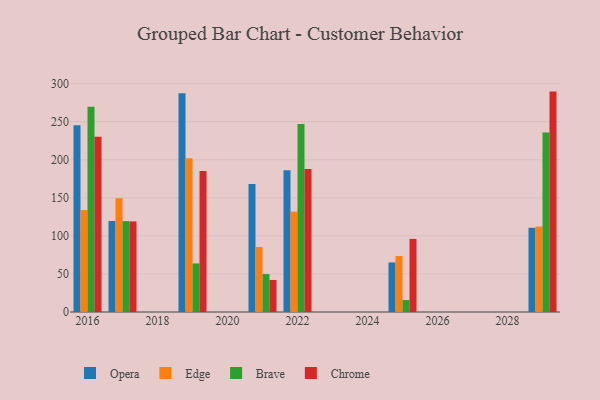
{"axis": {"x": "Year", "y": "Gross Profit (USD K)"}, "legend": ["Brave", "Chrome", "Edge", "Opera"], "data": [{"x": "2029", "y": 110.6, "type": "Opera"}, {"x": "2029", "y": 112.2, "type": "Edge"}, {"x": "2029", "y": 235.8, "type": "Brave"}, {"x": "2029", "y": 289.5, "type": "Chrome"}, {"x": "2025", "y": 65.1, "type": "Opera"}, {"x": "2025", "y": 73.5, "type": "Edge"}, {"x": "2025", "y": 15.7, "type": "Brave"}, {"x": "2025", "y": 96.0, "type": "Chrome"}, {"x": "2016", "y": 245.4, "type": "Opera"}, {"x": "2016", "y": 133.9, "type": "Edge"}, {"x": "2016", "y": 269.6, "type": "Brave"}, {"x": "2016", "y": 230.3, "type": "Chrome"}, {"x": "2019", "y": 287.4, "type": "Opera"}, {"x": "2019", "y": 202.0, "type": "Edge"}, {"x": "2019", "y": 63.8, "type": "Brave"}, {"x": "2019", "y": 185.3, "type": "Chrome"}, {"x": "2022", "y": 186.3, "type": "Opera"}, {"x": "2022", "y": 131.8, "type": "Edge"}, {"x": "2022", "y": 247.0, "type": "Brave"}, {"x": "2022", "y": 187.7, "type": "Chrome"}, {"x": "2021", "y": 168.1, "type": "Opera"}, {"x": "2021", "y": 85.4, "type": "Edge"}, {"x": "2021", "y": 49.8, "type": "Brave"}, {"x": "2021", "y": 42.1, "type": "Chrome"}, {"x": "2017", "y": 119.6, "type": "Opera"}, {"x": "2017", "y": 149.5, "type": "Edge"}, {"x": "2017", "y": 119.4, "type": "Brave"}, {"x": "2017", "y": 119.0, "type": "Chrome"}]}